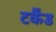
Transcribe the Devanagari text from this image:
टर्कैंड